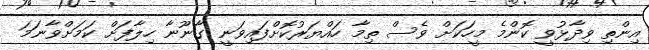
އިންތި ވިދާޅުވީ ކޮންމެ މީހަކަށް ވެސް ތިމާ ހައްޔަރުކޮށްފައިވަނީ ގާނޫނާ ހިލާފަށް ކަމަށްވާނަމަ